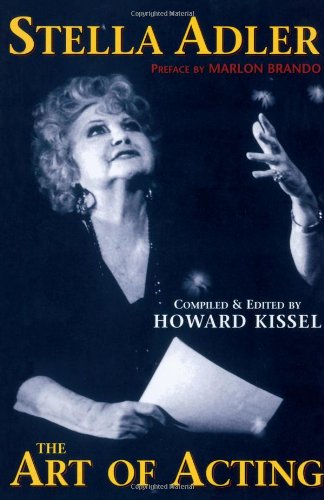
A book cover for The Art of Acting; Stella Adler; Humor & Entertainment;